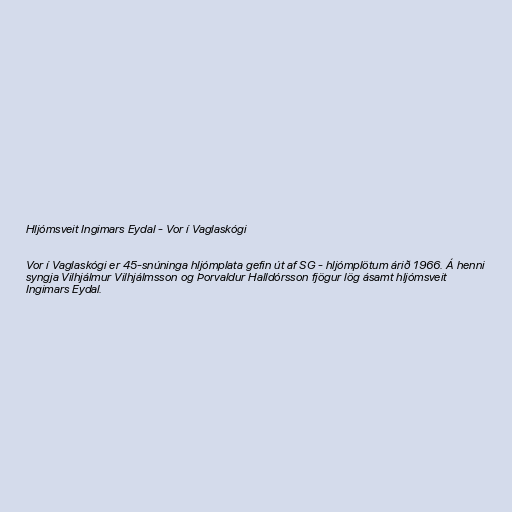
Hljómsveit Ingimars Eydal - Vor í Vaglaskógi

Vor í Vaglaskógi er 45-snúninga hljómplata gefin út af SG - hljómplötum árið 1966. Á henni
syngja Vilhjálmur Vilhjálmsson og Þorvaldur Halldórsson fjögur lög ásamt hljómsveit
Ingimars Eydal.